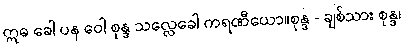
ဣဓ ခေါ ပန ဝေါ စုန္ဒ သလ္လေခေါ ကရဏီယော။စုန္ဒ - ချစ်သား စုန္ဒ၊